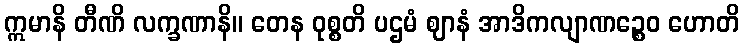
ဣမာနိ တီဏိ လက္ခဏာနိ။ တေန ဝုစ္စတိ ပဌမံ ဈာနံ အာဒိကလျာဏဉ္စေဝ ဟောတိ